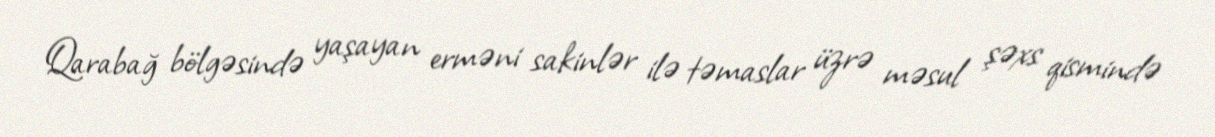
Qarabağ bölgəsində yaşayan erməni sakinlər ilə təmaslar üzrə məsul şəxs qismində